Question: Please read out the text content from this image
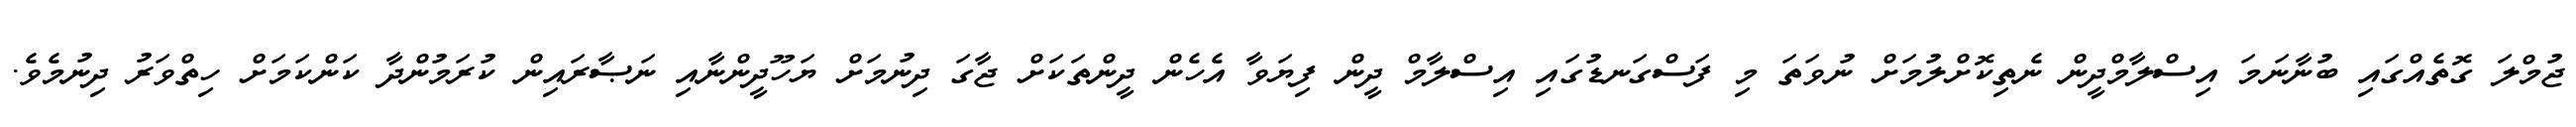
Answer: ޖުމްލަ ގޮތެއްގައި ބުނާނަމަ އިސްލާމްދީން ނެތިކޮށްލުމަށް ނުވަތަ މި ފަސްގަނޑުގައި އިސްލާމް ދީން ފިޔަވާ އެހެން ދީންތަކަށް ޖާގަ ދިނުމަށް ޔަހޫދީންނާއި ނަޞާރައިން ކުރަމުންދާ ކަންކަމަށް ހިތްވަރު ދިނުމެވެ.